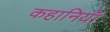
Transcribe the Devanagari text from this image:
कहानियॉं